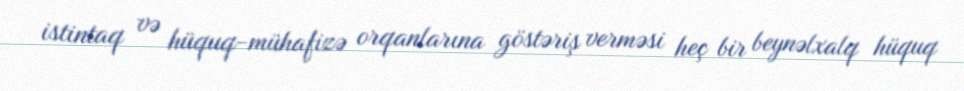
istintaq və hüquq-mühafizə orqanlarına göstəriş verməsi heç bir beynəlxalq hüquq